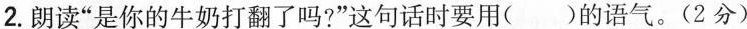
2.朗读”是你的牛奶打翻了吗?”这句话时要用()的语气。(2分)